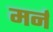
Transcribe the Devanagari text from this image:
मर्न